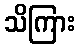
သိကြား